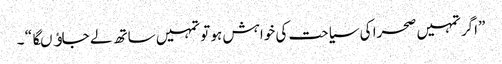
”اگر تمہیں صحرا کی سیاحت کی خواہش ہو تو تمہیں ساتھ لے جاﺅںگا “ ۔